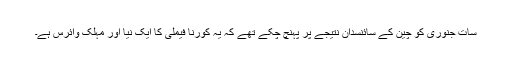
سات جنوری کو چین کے سائنسدان نتیجے پر پہنچ چکے تھے کہ یہ کورنا فیملی کا ایک نیا اور مہلک وائرس ہے۔